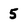
Character: 5